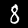
Digit: 8